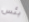
بئس